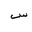
Letter: _sin